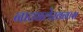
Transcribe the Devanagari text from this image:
नाट्यलेखनास